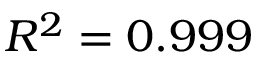
R ^ { 2 } = 0 . 9 9 9